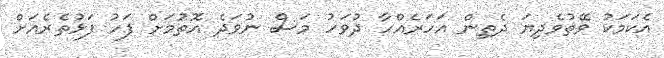
އެކަމަކު ވޭތުވެދިޔަ ދެތިން އަހަރެއްހާ ދުވަހު މަސް ނުވަދެ އޮތުމަށް ފަހު ފަޅުތެރެއަށް